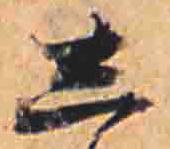
し